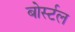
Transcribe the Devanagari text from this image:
बोर्स्टल